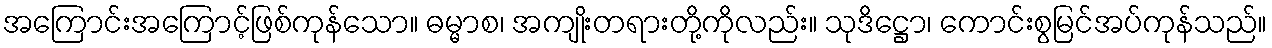
အကြောင်းအကြောင့်ဖြစ်ကုန်သော။ ဓမ္မာစ၊ အကျိုးတရားတို့ကိုလည်း။ သုဒိဋ္ဌော၊ ကောင်းစွမြင်အပ်ကုန်သည်။